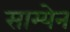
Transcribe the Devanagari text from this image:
साम्येन